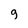
Character: g